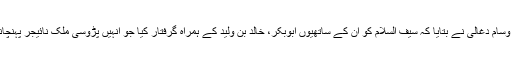
رنتان ملیشیا کے ایک کمانڈر وسام دغالی نے بتایا کہ سیف السلام کو ان کے ساتھیوں ابوبکر، خالد بن ولید کے ہمراہ گرفتار کیا جو انہیں پڑوسی ملک نائیجر پہنچانے کی کوشش کر رہے تھے۔